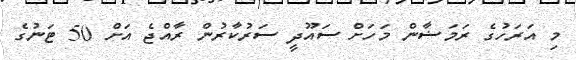
މި އަރަހުގެ ރަމަޟާން މަހަށް ސައޫދީ ސަރުކާރުން ރާއްޖެ އަށް 50 ޓަނުގެ